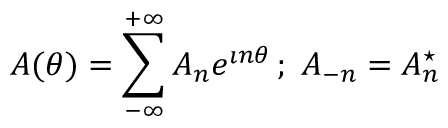
A ( \theta ) = \sum _ { - \infty } ^ { + \infty } A _ { n } e ^ { \imath n \theta } \, ; \; A _ { - n } = A _ { n } ^ { \star }